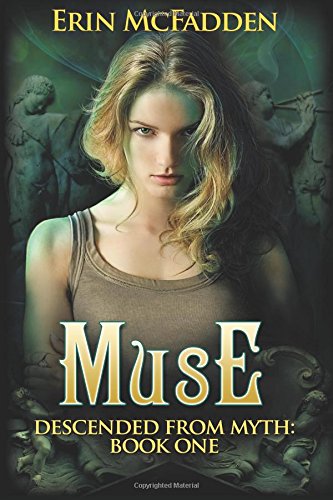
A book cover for Muse: Descended From Myth: Book One (Volume 1); Erin McFadden; Science Fiction & Fantasy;